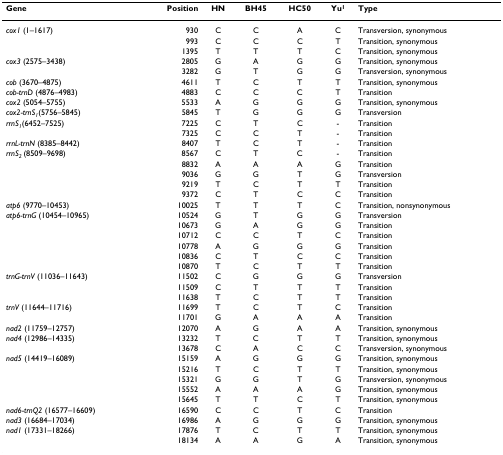
<table><thead><tr><td><b>Gene</b></td><td><b>Position</b></td><td><b>HN</b></td><td><b>BH45</b></td><td><b>HC50</b></td><td><b>Yu<sup>1</sup></b></td><td><b>Type</b></td></tr></thead><tbody><tr><td><i>cox1 </i>(1–1617)</td><td>930</td><td>C</td><td>C</td><td>A</td><td>C</td><td>Transversion, synonymous</td></tr><tr><td></td><td>993</td><td>C</td><td>C</td><td>C</td><td>T</td><td>Transition, synonymous</td></tr><tr><td></td><td>1395</td><td>T</td><td>T</td><td>T</td><td>C</td><td>Transition, synonymous</td></tr><tr><td><i>cox3 </i>(2575–3438)</td><td>2805</td><td>G</td><td>A</td><td>G</td><td>G</td><td>Transition, synonymous</td></tr><tr><td></td><td>3282</td><td>G</td><td>T</td><td>G</td><td>G</td><td>Transversion, synonymous</td></tr><tr><td><i>cob </i>(3670–4875)</td><td>4611</td><td>T</td><td>C</td><td>T</td><td>T</td><td>Transition, synonymous</td></tr><tr><td><i>cob-trnD </i>(4876–4983)</td><td>4883</td><td>C</td><td>C</td><td>C</td><td>T</td><td>Transition</td></tr><tr><td><i>cox2 </i>(5054–5755)</td><td>5533</td><td>A</td><td>G</td><td>G</td><td>G</td><td>Transition, synonymous</td></tr><tr><td><i>cox2-trnS</i><sub><i>1</i></sub>(5756–5845)</td><td>5845</td><td>T</td><td>G</td><td>G</td><td>G</td><td>Transversion</td></tr><tr><td><i>rrnS</i><sub><i>1</i></sub>(6452–7525)</td><td>7225</td><td>C</td><td>T</td><td>C</td><td>-</td><td>Transition</td></tr><tr><td></td><td>7325</td><td>C</td><td>C</td><td>T</td><td>-</td><td>Transition</td></tr><tr><td><i>rrnL-trnN </i>(8385–8442)</td><td>8407</td><td>T</td><td>C</td><td>T</td><td>-</td><td>Transition</td></tr><tr><td><i>rrnS</i><sub><i>2 </i></sub>(8509–9698)</td><td>8567</td><td>C</td><td>T</td><td>C</td><td>-</td><td>Transition</td></tr><tr><td></td><td>8832</td><td>A</td><td>A</td><td>A</td><td>G</td><td>Transition</td></tr><tr><td></td><td>9036</td><td>G</td><td>G</td><td>T</td><td>G</td><td>Transversion</td></tr><tr><td></td><td>9219</td><td>T</td><td>C</td><td>T</td><td>T</td><td>Transition</td></tr><tr><td></td><td>9372</td><td>C</td><td>T</td><td>C</td><td>C</td><td>Transition</td></tr><tr><td><i>atp6 </i>(9770–10453)</td><td>10025</td><td>T</td><td>T</td><td>T</td><td>C</td><td>Transition, nonsynonymous</td></tr><tr><td><i>atp6-trnG </i>(10454–10965)</td><td>10524</td><td>G</td><td>T</td><td>G</td><td>G</td><td>Transversion</td></tr><tr><td></td><td>10673</td><td>G</td><td>A</td><td>G</td><td>G</td><td>Transition</td></tr><tr><td></td><td>10712</td><td>C</td><td>C</td><td>T</td><td>C</td><td>Transition</td></tr><tr><td></td><td>10778</td><td>A</td><td>G</td><td>G</td><td>G</td><td>Transition</td></tr><tr><td></td><td>10836</td><td>C</td><td>T</td><td>C</td><td>C</td><td>Transition</td></tr><tr><td></td><td>10870</td><td>T</td><td>C</td><td>T</td><td>T</td><td>Transition</td></tr><tr><td><i>trnG-trnV </i>(11036–11643)</td><td>11502</td><td>C</td><td>G</td><td>G</td><td>G</td><td>Transversion</td></tr><tr><td></td><td>11509</td><td>C</td><td>T</td><td>T</td><td>T</td><td>Transition</td></tr><tr><td></td><td>11638</td><td>T</td><td>C</td><td>T</td><td>T</td><td>Transition</td></tr><tr><td><i>trnV </i>(11644–11716)</td><td>11699</td><td>T</td><td>C</td><td>T</td><td>C</td><td>Transition</td></tr><tr><td></td><td>11701</td><td>G</td><td>A</td><td>A</td><td>A</td><td>Transition</td></tr><tr><td><i>nad2 </i>(11759–12757)</td><td>12070</td><td>A</td><td>G</td><td>A</td><td>A</td><td>Transition, synonymous</td></tr><tr><td><i>nad4 </i>(12986–14335)</td><td>13232</td><td>T</td><td>C</td><td>T</td><td>T</td><td>Transition, synonymous</td></tr><tr><td></td><td>13678</td><td>C</td><td>A</td><td>C</td><td>C</td><td>Transversion, synonymous</td></tr><tr><td><i>nad5 </i>(14419–16089)</td><td>15159</td><td>A</td><td>G</td><td>G</td><td>G</td><td>Transition, synonymous</td></tr><tr><td></td><td>15216</td><td>T</td><td>C</td><td>T</td><td>T</td><td>Transition, synonymous</td></tr><tr><td></td><td>15321</td><td>G</td><td>G</td><td>T</td><td>G</td><td>Transversion, synonymous</td></tr><tr><td></td><td>15552</td><td>A</td><td>A</td><td>A</td><td>G</td><td>Transition, synonymous</td></tr><tr><td></td><td>15645</td><td>T</td><td>T</td><td>C</td><td>T</td><td>Transition, synonymous</td></tr><tr><td><i>nad6-trnQ2 </i>(16577–16609)</td><td>16590</td><td>C</td><td>C</td><td>T</td><td>C</td><td>Transition</td></tr><tr><td><i>nad3 </i>(16684–17034)</td><td>16986</td><td>A</td><td>G</td><td>G</td><td>G</td><td>Transition, synonymous</td></tr><tr><td><i>nad1 </i>(17331–18266)</td><td>17876</td><td>T</td><td>C</td><td>T</td><td>T</td><td>Transition, synonymous</td></tr><tr><td></td><td>18134</td><td>A</td><td>A</td><td>G</td><td>A</td><td>Transition, synonymous</td></tr></tbody></table>